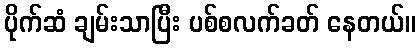
ပိုက်ဆံ ချမ်းသာပြီး ပစ်စလက်ခတ် နေတယ်။